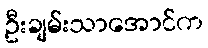
ဦးချမ်းသာအောင်က